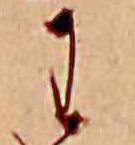
わ